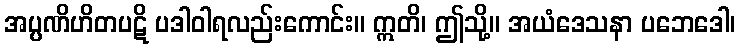
အပ္ပဏိဟိတပဋိ ပဒါဝါရလည်းကောင်း။ ဣတိ၊ ဤသို့။ အယံဒေသနာ ပဘေဒေါ၊